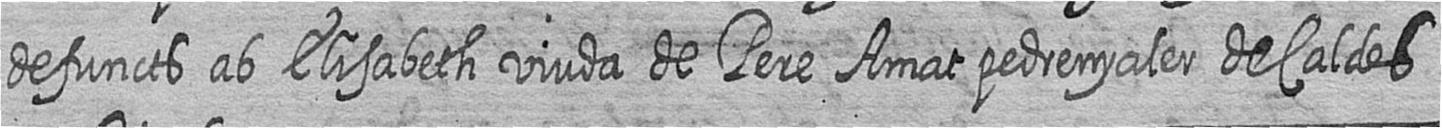
defuncts ab Elisabeth viuda de Pere Amat pedrenyaler de Caldes